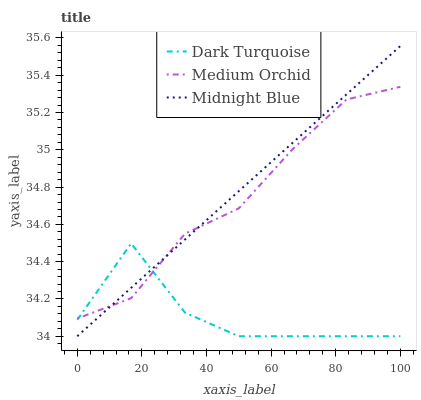
| xaxis_label | Dark Turquoise | Medium Orchid | Midnight Blue |
 | --- | --- | --- | --- |
 | 0 | 34.1 | 34.1 | 34 |
 | 16.7 | 34.5 | 34.2 | 34.3 |
 | 33.3 | 34.1 | 34.5 | 34.5 |
 | 50 | 34 | 34.7 | 34.8 |
 | 66.7 | 34 | 35 | 35 |
 | 83.3 | 34 | 35.3 | 35.3 |
 | 100 | 34 | 35.3 | 35.6 |